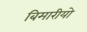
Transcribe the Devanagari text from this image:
बिमारीयो